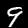
Digit: 9